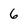
Character: 6